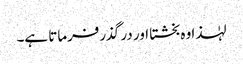
لہٰذا وہ بخشتا اور در گذرفرماتا ہے۔